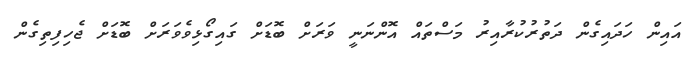
އައިން ހަދައިގެން ދަތުރުކުރާއިރު މަސްތައް އޮންނަނީ ވަރަށް ބޮޑަށް ގައިގޯޅިވެވަރަށް ބޮޑަށް ޖެހިފިތިގެން